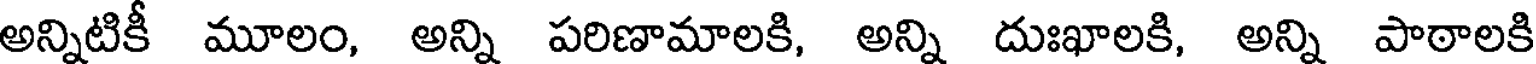
అన్నిటికీ మూలం, అన్ని పరిణామాలకి, అన్ని దుఃఖాలకి, అన్ని పాఠాలకి